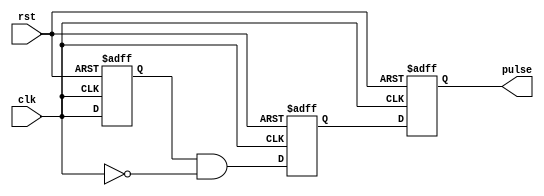
module Falling_Edge_Pulse_Generator (
    input wire clk,
    input wire rst,
    output reg pulse
);

reg prev_clk;
reg capture_falling_edge;

always @ (posedge clk or negedge rst)
begin
    if (rst == 1'b0) begin
        prev_clk <= 1'b0;
        capture_falling_edge <= 1'b0;
        pulse <= 1'b0;
    end else begin
        prev_clk <= clk;
        capture_falling_edge <= (prev_clk == 1'b1 && clk == 1'b0);
        pulse <= (capture_falling_edge == 1'b1);
    end
end

endmodule